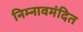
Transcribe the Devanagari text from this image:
निम्नावमंदित